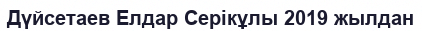
Дүйсетаев Елдар Серікұлы 2019 жылдан